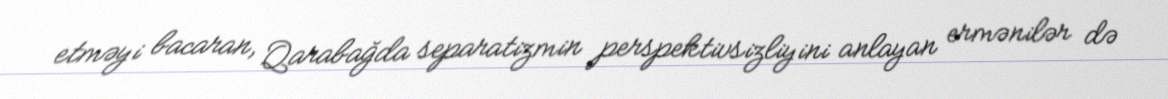
etməyi bacaran, Qarabağda separatizmin perspektivsizliyini anlayan ermənilər də